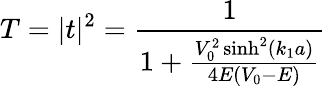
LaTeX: T=|t|^{2}={\frac{1}{1+{\frac{V_{0}^{2}\sinh^{2}(k_{1}a)}{4E(V_{0}-E)}}}}